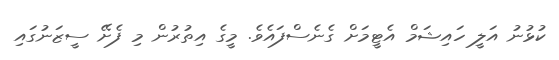
ކުޅުނު އަލީ ހައިޝަމް އެޓީމަށް ގެނެސްފައެވެ. މީގެ އިތުރުން މި ފެށޭ ސީޒަނުގައި